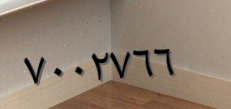
٧٠٠٢٧٦٦